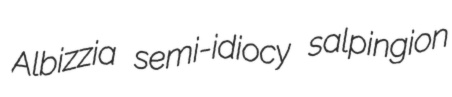
Albizzia semi-idiocy salpingion